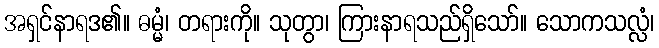
အရှင်နာရဒ၏။ ဓမ္မံ၊ တရားကို။ သုတွာ၊ ကြားနာရသည်ရှိသော်။ သောကသလ္လံ၊